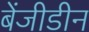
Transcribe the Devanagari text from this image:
बेंजीडीन